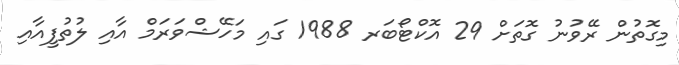
މިގޮތުން ރޭވުނު ގޮތަށް 29 އޮކްޓޯބަރ 1988 ގައި މަހޭޝްވަރަމް އާއި ލުތުފީއާއި